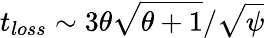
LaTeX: t_{loss}\sim 3\theta\sqrt{\theta+1}/\sqrt{{\psi}}